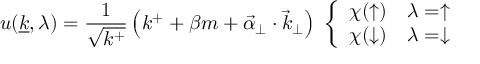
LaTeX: u ( { \underline { { k } } } , \lambda ) = { \frac { 1 } { \sqrt { k ^ { + } } } } \left( k ^ { + } + \beta m + { \vec { \alpha } } _ { \perp } \cdot { \vec { k } } _ { \perp } \right) \ \left\{ \begin{array} { l l } { { \chi ( \uparrow ) } } & { { \lambda = \uparrow } } \\ { { \chi ( \downarrow ) } } & { { \lambda = \downarrow } } \end{array} \right.